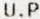
U.P